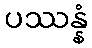
ပဿန္နံ